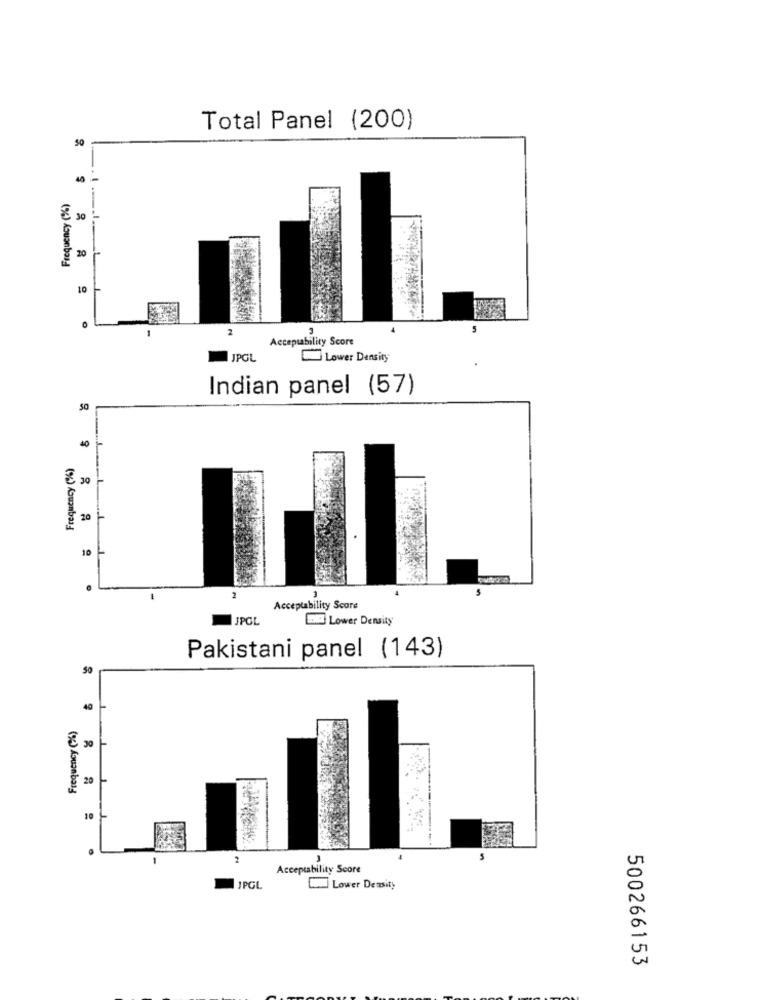
Total Panel (200)
50
Frequency (%)
30
20
10
0
-
Acceptability Score
JPGL
Lower Density
Indian panel (57)
50
40
Frequency (%)
30
20
10
5
Acceptability Score
JPCL
LOW Lower Density
Pakistani panel (143)
50
40
Frequency (%)
30
20
10
2
Acceptability Score
JPGL
Lower Density
500266153